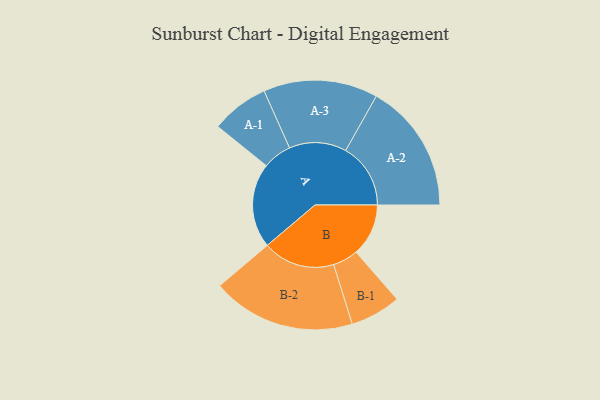
{"axis": {"x": "Segment", "y": "Value"}, "legend": ["", "A", "B"], "data": [{"x": "A", "y": 351, "type": ""}, {"x": "B", "y": 217, "type": ""}, {"x": "A-1", "y": 120, "type": "A"}, {"x": "A-2", "y": 269, "type": "A"}, {"x": "A-3", "y": 237, "type": "A"}, {"x": "B-1", "y": 105, "type": "B"}, {"x": "B-2", "y": 298, "type": "B"}]}